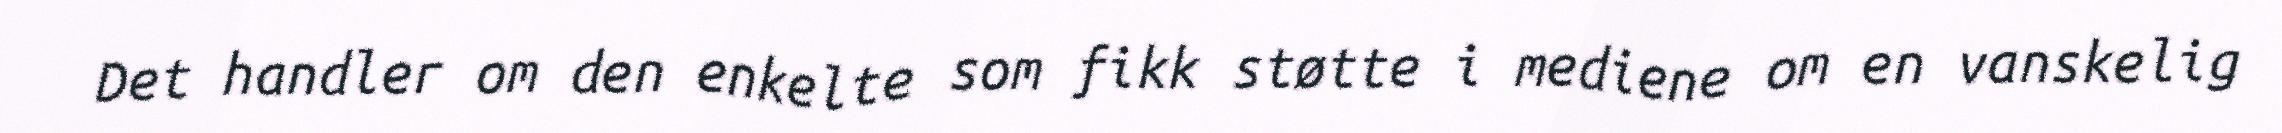
Det handler om den enkelte som fikk støtte i mediene om en vanskelig